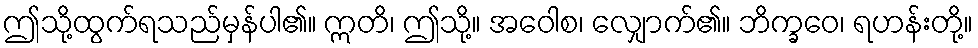
ဤသို့ထွက်ရသည်မှန်ပါ၏။ ဣတိ၊ ဤသို့။ အဝေါစ၊ လျှောက်၏။ ဘိက္ခဝေ၊ ရဟန်းတို့။